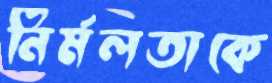
নির্মলতাকে